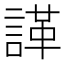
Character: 諽